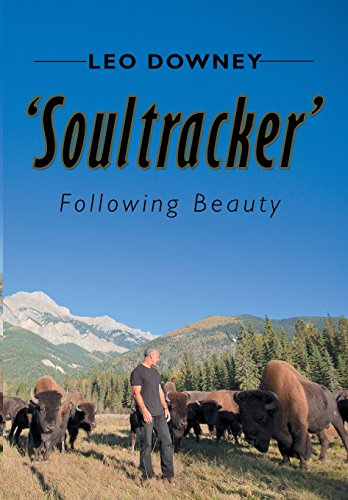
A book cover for Soultracker: Following Beauty; Leo Downey; Biographies & Memoirs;